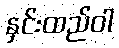
နှင်းထည်ဝါ